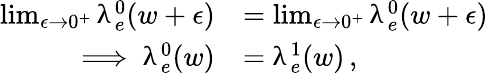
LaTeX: \begin{array}{rl}{\operatorname*{lim}_{\epsilon\rightarrow 0^{+}}\uplambda_{e}^{0}(w+\epsilon)}&{=\operatorname*{lim}_{\epsilon\rightarrow 0^{+}}\uplambda_{e}^{0}(w+\epsilon)}\\ {\implies\uplambda_{e}^{0}(w)}&{=\uplambda_{e}^{1}(w)\, ,}\end{array}